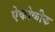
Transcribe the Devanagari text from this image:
ऐकोकीक